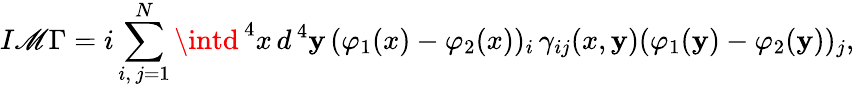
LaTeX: I\mathscr{M}\Gamma=i\sum_{i,\, j=1}^{N}\intd^{\, 4}x\, d^{\, 4}\mathbf{y}\, (\varphi_{1}(x)-\varphi_{2}(x))_{i}\, \gamma_{ij}(x,\mathbf{y})(\varphi_{1}(\mathbf{y})-\varphi_{2}(\mathbf{y}))_{j},